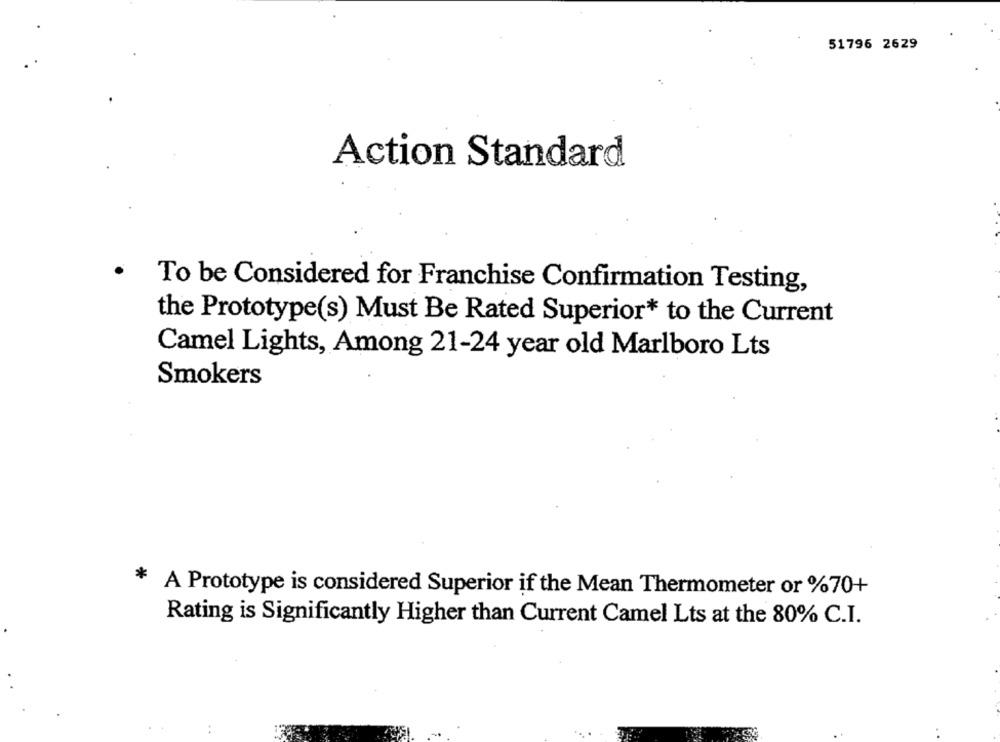
51796 2629
Action Standard
To be Considered for Franchise Confirmation Testing,
the Prototype(s) Must Be Rated Superior* to the Current
Camel Lights, Among 21-24 year old Marlboro Lts
Smokers
*
A Prototype is considered Superior if the Mean Thermometer or %70+
Rating is Significantly Higher than Current Camel Lts at the 80% C.I.